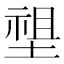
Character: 𡏄